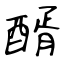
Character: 醑